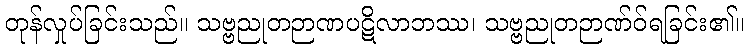
တုန်လှုပ်ခြင်းသည်။ သဗ္ဗညုတဉာဏပဋိလာဘဿ၊ သဗ္ဗညုတဉာဏ်ဝ်ရခြင်း၏။